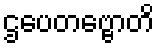
ဌပေတဗ္ဗောတိ